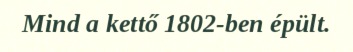
Mind a kettő 1802-ben épült.